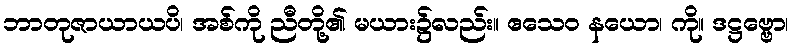
ဘာတုဇာယာယပိ၊ အစ်ကို ညီတို့၏ မယား၌လည်း။ ဧသေဝ နယော၊ ကို။ ဒဋ္ဌဗ္ဗော၊